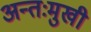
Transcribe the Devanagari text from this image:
अन्तःमुखी